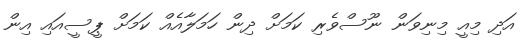
އަދި މިއީ މިނިވަން ނޫސްވެރި ކަމަށް ދިން ހަމަލާއެއް ކަމަށް ޕީސީއައި އިން